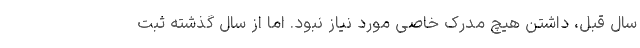
سال قبل، داشتن هیچ مدرک خاصی مورد نیاز نبود. اما از سال گذشته ثبت